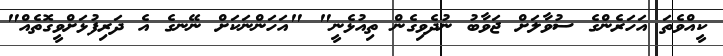
ކީއްވެތަ އަހަރެންގެ ސުވާލަށް ޖަވާބު ނުދެވިގެން ތިއުޅެނީ" "އަހަންނަކަށް ނޭނގެ އެ ދަރިފުޅަށްވީގޮތެއް"